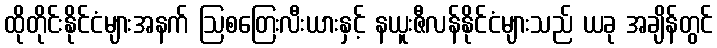
ထိုတိုင်းနိုင်ငံများအနက် ဩစတြေးလီးယားနှင့် နယူးဇီလန်နိုင်ငံများသည် ယခု အချိန်တွင်